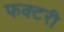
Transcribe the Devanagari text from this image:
फक्टरी